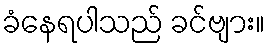
ခံနေရပါသည် ခင်ဗျား။